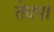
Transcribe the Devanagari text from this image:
तेदपा